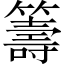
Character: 籌